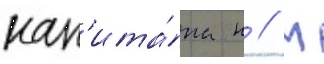
кап'ита́на н // М